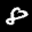
Label: 8